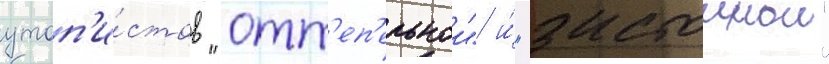
утоп'и́стов "отт'еп'ельнои" и́ "застоинои"